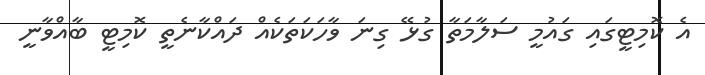
އެ ކޮމިޓީގައި ގައުމީ ސަލާމަތާ ގުޅޭ ގިނަ ވާހަކަތަކެއް ދައްކާނެތީ ކޮމިޓީ ބާއްވާނީ